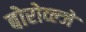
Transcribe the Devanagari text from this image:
बोरोव्ल्जे